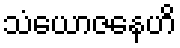
သံယောဇနေဟိ